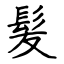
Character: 髪